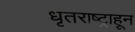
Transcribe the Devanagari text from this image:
धृतराष्ट्राहून